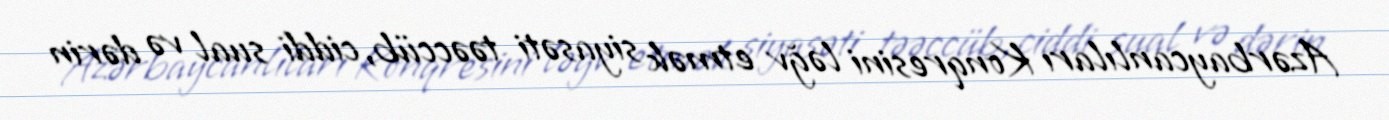
Azərbaycanlıları Konqresini ləğv etmək siyasəti təəccüb, ciddi sual və dərin